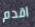
اقدم